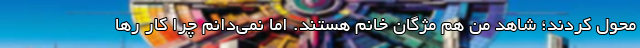
محول کردند؛ شاهد من هم مژگان خانم هستند. اما نمی‌دانم چرا کار رها